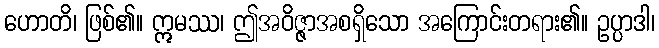
ဟောတိ၊ ဖြစ်၏။ ဣမဿ၊ ဤအဝိဇ္ဇာအစရှိသော အကြောင်းတရား၏။ ဥပ္ပာဒါ၊